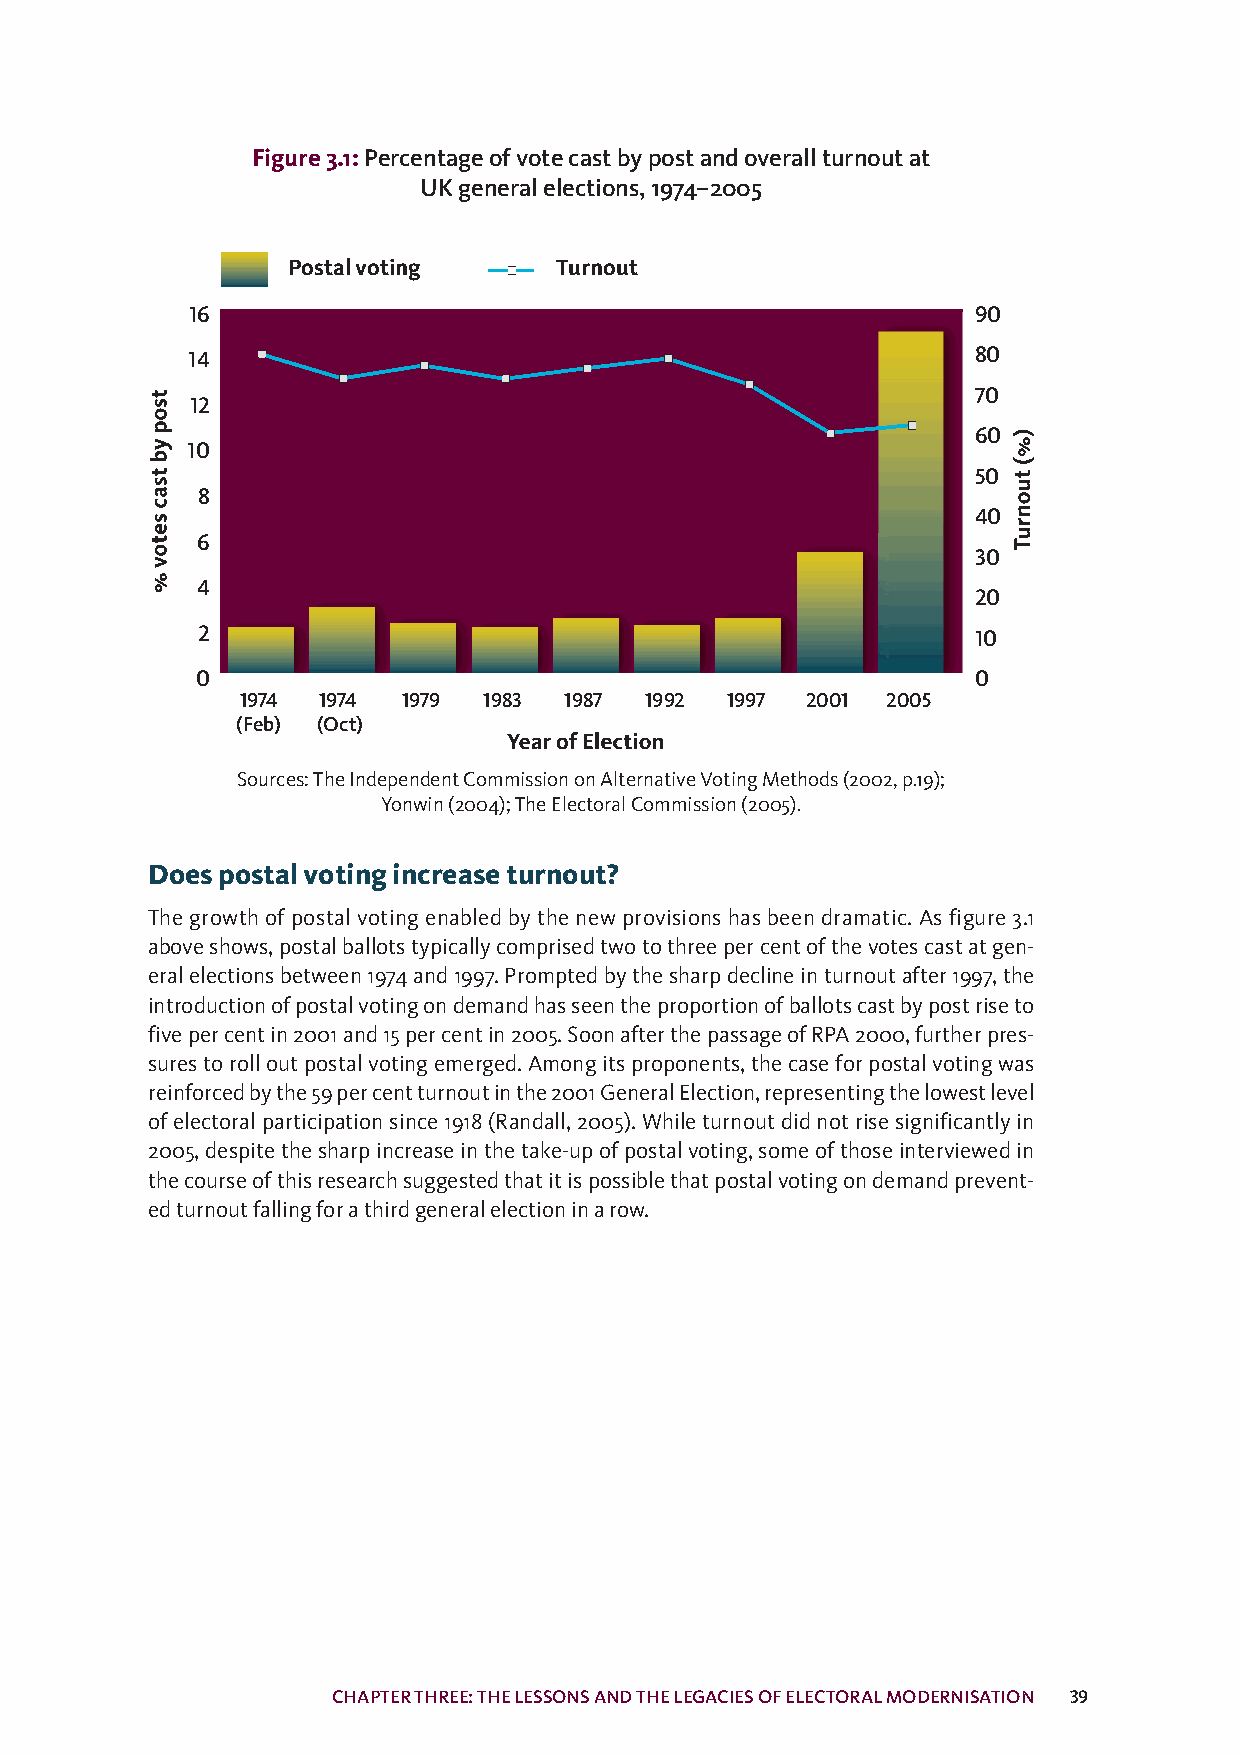
Figure3.1:Percentageofvotecastbypostandoverallturnoutat
 UKgeneralelections,1974–2005
 Postalvoting      Turnout
 16                                                  90
 14                                                  80
 70
 12
 60
 10
 50
 8
 40
 6
 30
 4
 20
 2                                                  10
 0                                                  0
 1974 1974  1979 1983 1987  1992 1997 2001  2005
 (Feb) (Oct)
 Sources:TheIndependentCommissiononAlternativeVotingMethods(2002,p.19);
 Yonwin(2004);TheElectoralCommission(2005).
 Doespostalvotingincreaseturnout?
 The growthof postalvoting enabledbythe newprovisions has beendramatic. As figure 3.1
 aboveshows,postalballotstypicallycomprisedtwotothreepercentofthevotescastatgen-
 eralelectionsbetween1974and1997.Promptedbythesharpdeclineinturnoutafter1997,the
 introductionofpostalvotingondemandhasseentheproportionofballotscastbypostriseto
 fivepercentin2001and15percentin2005.SoonafterthepassageofRPA2000,furtherpres-
 surestorolloutpostalvotingemerged.Amongitsproponents,thecaseforpostalvotingwas
 reinforcedbythe59percentturnoutinthe2001GeneralElection,representingthelowestlevel
 ofelectoralparticipationsince1918(Randall,2005).Whileturnoutdidnotrisesignificantlyin
 2005,despitethesharpincreaseinthetake-upofpostalvoting,someofthoseinterviewedin
 thecourseofthisresearchsuggestedthatitispossiblethatpostalvotingondemandprevent-
 edturnoutfallingforathirdgeneralelectioninarow.
 CHAPTERTHREE:THELESSONSANDTHELEGACIESOFELECTORALMODERNISATION 39